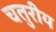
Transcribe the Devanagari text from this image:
चतुरीय